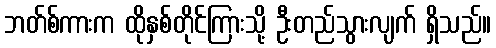
ဘတ်စ်ကားက ထိုနှစ်တိုင်ကြားသို့ ဦးတည်သွားလျက် ရှိသည်။